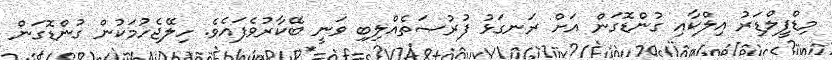
މިޑްފީލްޑަރު އިލްކާއި ގުންޑޮގަން އަށް ރަނގަޅު ފުރުޞަތެއްލިބި ވަނީ ބޭކާރުވެފައެވެ. ހިލޭޖެހުމަކުން ގުންޑޮގަން